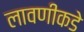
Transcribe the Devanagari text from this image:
लावणीकडे